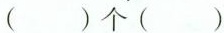
( )个( )